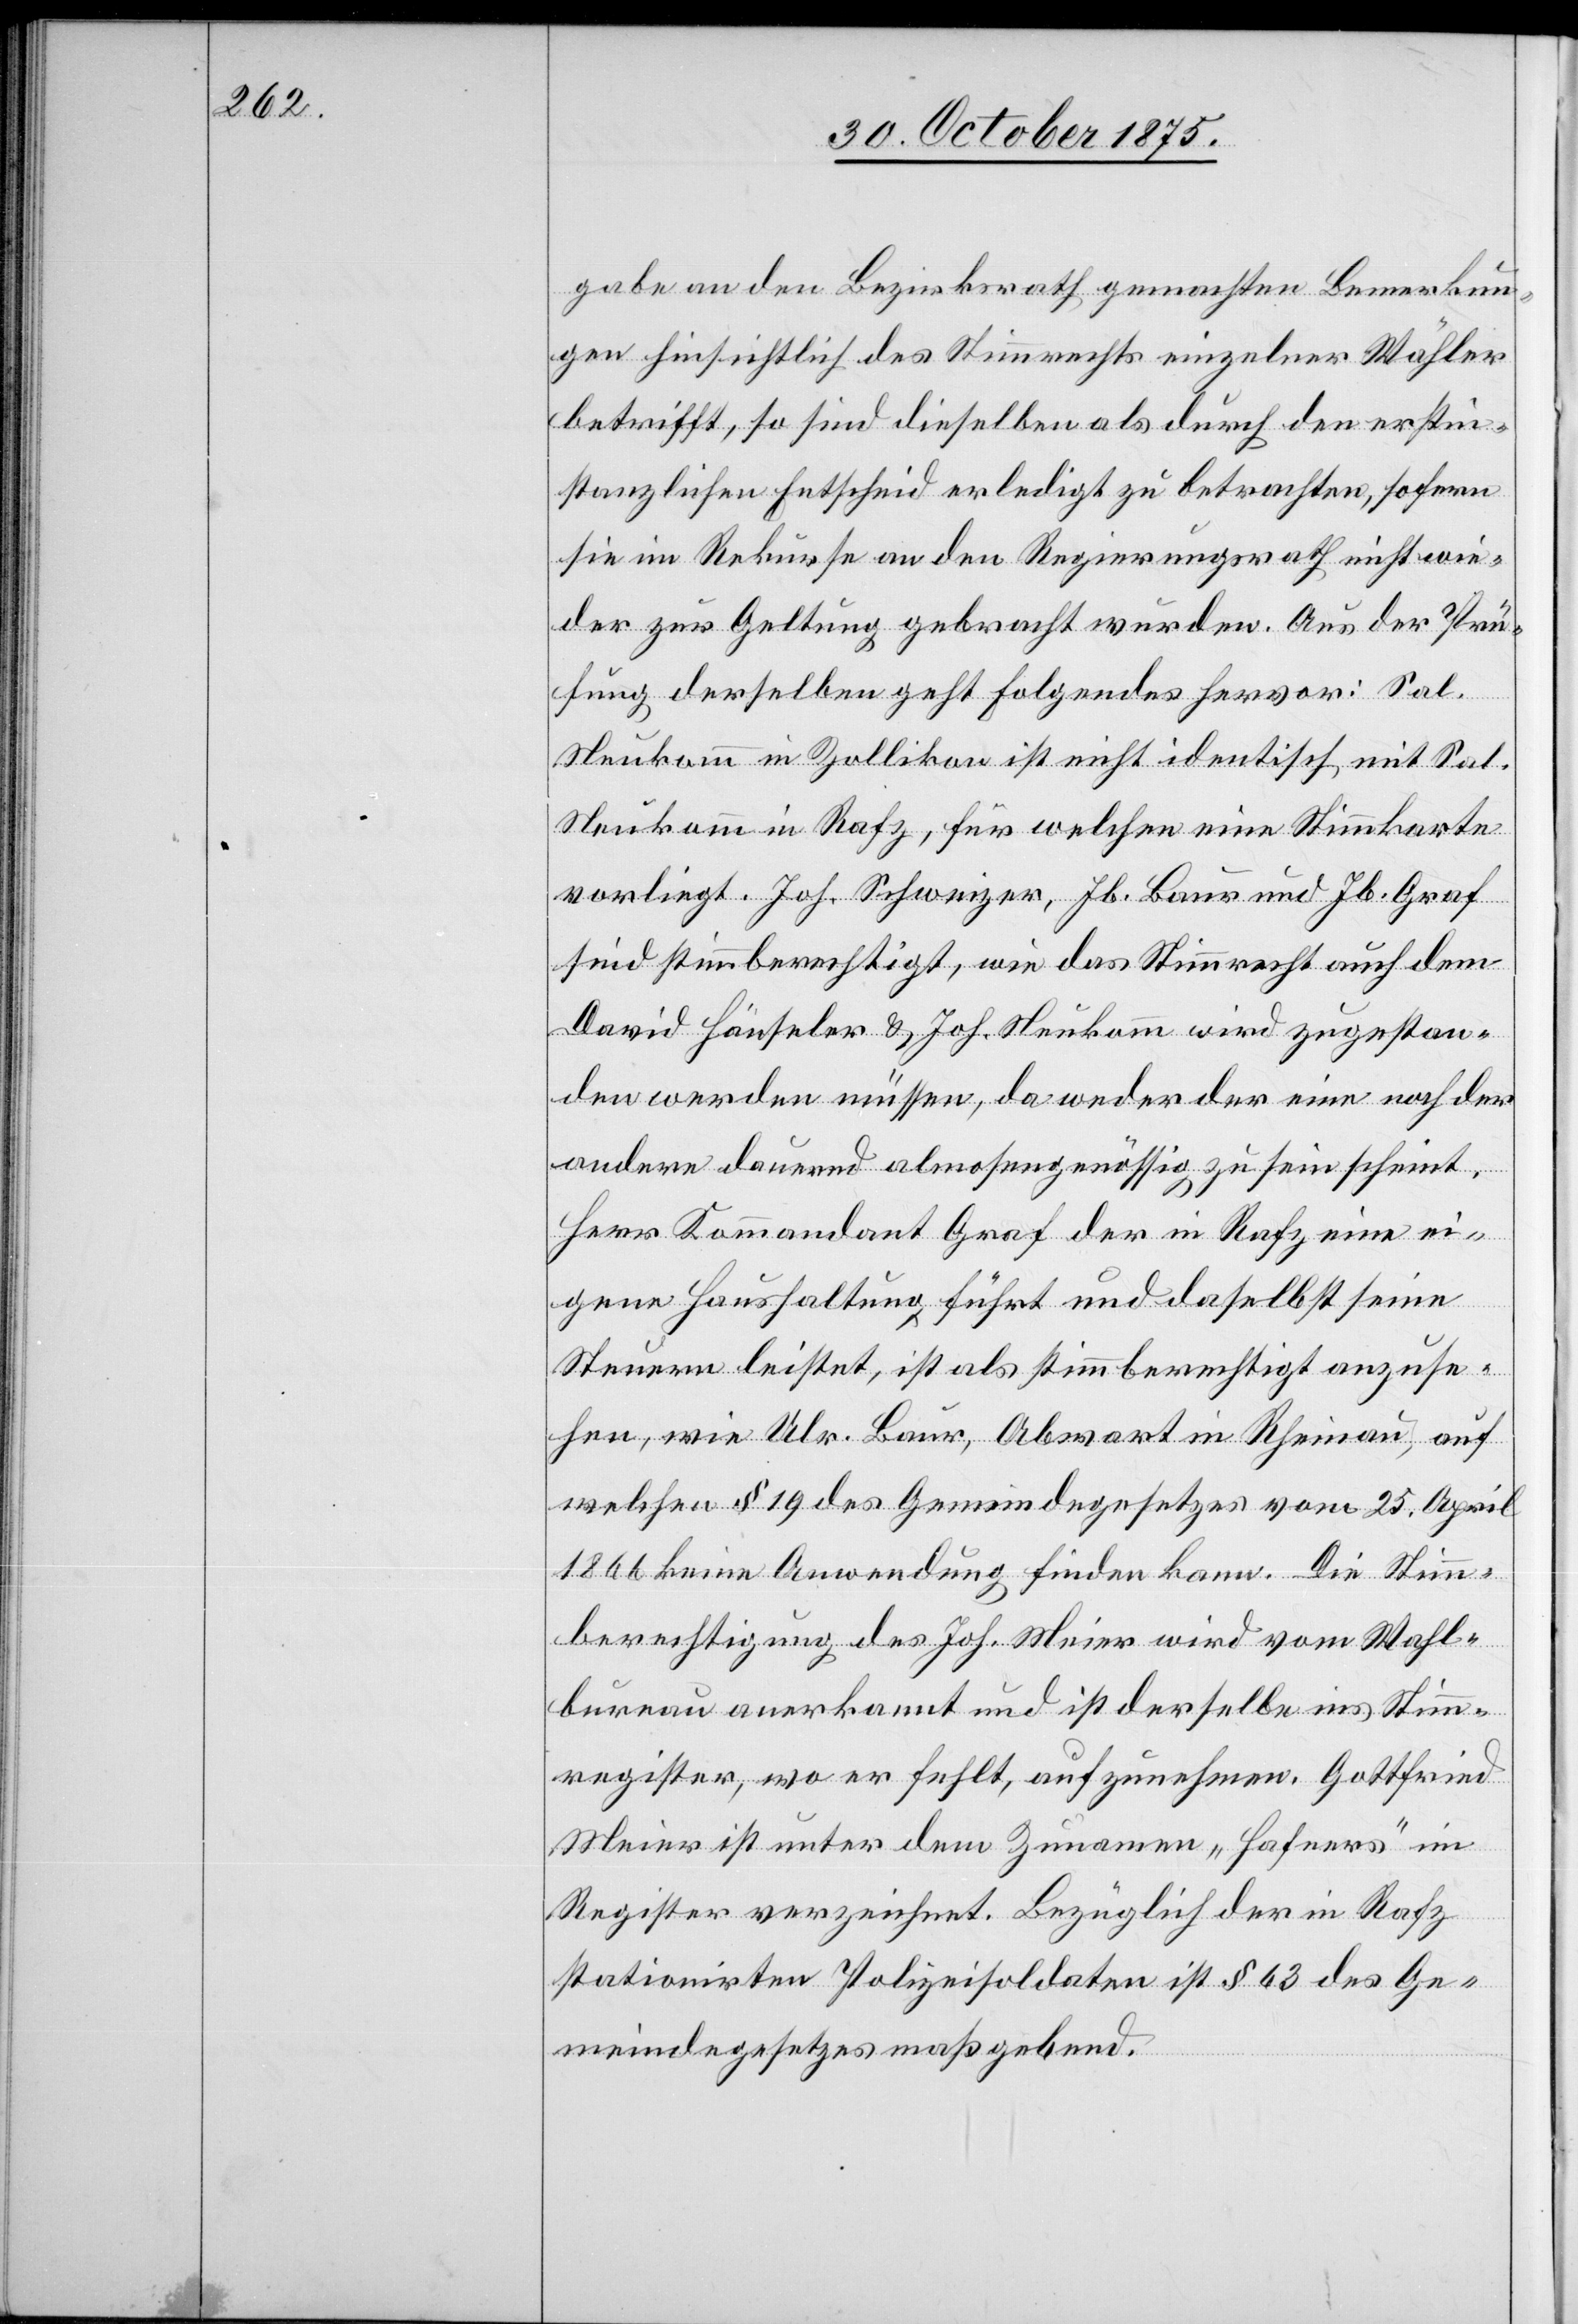
gabe an den Bezirksrath gemachten Bemerkun¬
gen hinsichtlich des Stimmrechts einzelner Wähler
betrifft, so sind dieselben als durch den erstin¬
stanzlichen Entscheid erledigt zu betrachten, sofern
sie im Rekurse an den Regierungsrath nicht wie¬
der zur Geltung gebracht wurden. Aus der Prü¬
fung derselben geht Folgendes hervor: Sal.
Neukomm in Zollikon ist nicht identisch mit Sal.
Neukomm in Rafz, für welchen eine Stimmkarte
vorliegt. Joh. Schweizer, Jb. Baur und Jb. Graf
sind stimmberechtigt, wie das Stimmrecht auch dem
David Häuseler & Joh. Neukomm wird zugestan¬
den werden müssen, da weder der eine noch der
andere dauernd almosengenössig zu sein scheint.
Herr Kommandant Graf der in Rafz eine ei¬
gene Haushaltung führt und daselbst seine
Steuern leistet, ist als stimmberechtigt anzuse¬
hen, wie Ulr. Baur, Abwart in Rheinau, auf
welchen § 19 des Gemeindegesetzes vom 25. April
1866 keine Anwendung finden kann. Die Stimm¬
berechtigung des Joh. Meier wird vom Wahl¬
bureau anerkannt und ist derselbe ins Stimm¬
register, wo er fehlt, aufzunehmen. Gottfried
Meier ist unter dem Zunamen „Hafners“ im
Register verzeichnet. Bezüglich der in Rafz
stationirten Polizeisoldaten ist § 63 des Ge¬
meindegesetzes maßgebend.